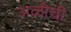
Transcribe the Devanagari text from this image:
अळीची